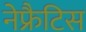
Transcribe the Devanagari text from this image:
नेफ्रैटिस